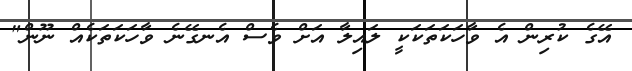
އޭގެ ކުރިން އެ ވާހަކަތަކަކީ ލައިލާ އަށް ވެސް އެނގޭނެ ވާހަކަތަކެއް ނޫން"